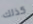
كذلك